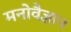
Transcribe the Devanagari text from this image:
मनोवैज्ञान